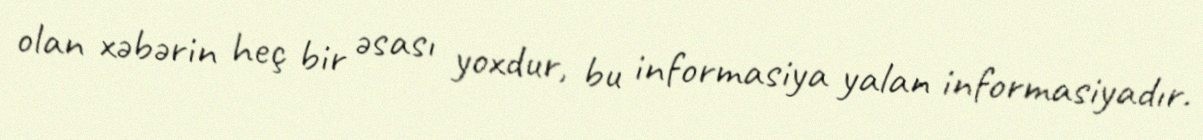
olan xəbərin heç bir əsası yoxdur, bu informasiya yalan informasiyadır.